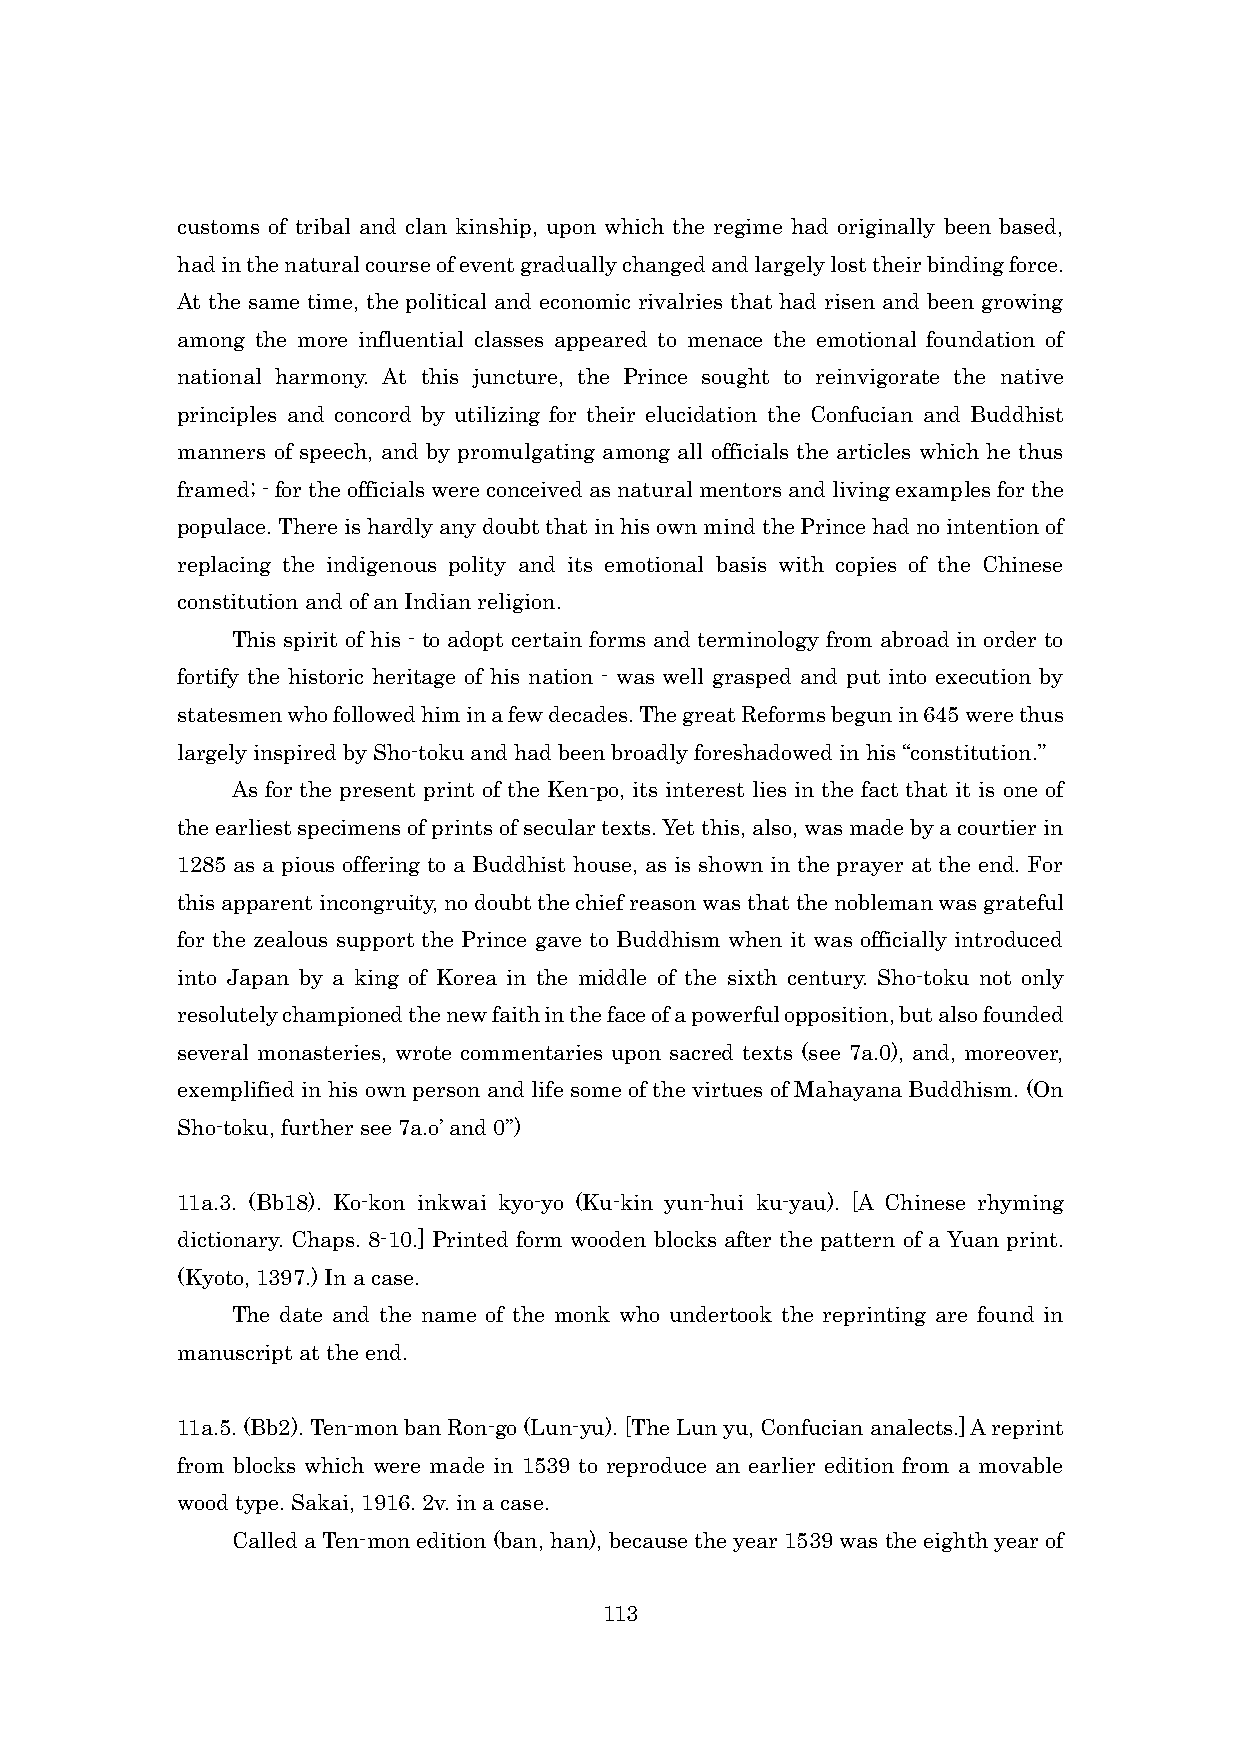
customs of tribal and clan kinship, upon which the regime had originally been based,
 had in the natural course of event gradually changed and largely lost their binding force.
 At the same time, the political and economic rivalries that had risen and been growing
 among the more influential classes appeared to menace the emotional foundation of
 national harmony. At this juncture, the Prince sought to reinvigorate the native
 principles and concord by utilizing for their elucidation the Confucian and Buddhist
 manners of speech, and by promulgating among all officials the articles which he thus
 framed; - for the officials were conceived as natural mentors and living examples for the
 populace. There is hardly any doubt that in his own mind the Prince had no intention of
 replacing the indigenous polity and its emotional basis with copies of the Chinese
 constitution and of an Indian religion.
 This spirit of his - to adopt certain forms and terminology from abroad in order to
 fortify the historic heritage of his nation - was well grasped and put into execution by
 statesmen who followed him in a few decades. The great Reforms begun in 645 were thus
 largely inspired by Sho-toku and had been broadly foreshadowed in his “constitution.”
 As for the present print of the Ken-po, its interest lies in the fact that it is one of
 the earliest specimens of prints of secular texts. Yet this, also, was made by a courtier in
 1285 as a pious offering to a Buddhist house, as is shown in the prayer at the end. For
 this apparent incongruity, no doubt the chief reason was that the nobleman was grateful
 for the zealous support the Prince gave to Buddhism when it was officially introduced
 into Japan by a king of Korea in the middle of the sixth century. Sho-toku not only
 resolutely championed the new faith in the face of a powerful opposition, but also founded
 several monasteries, wrote commentaries upon sacred texts (see 7a.0), and, moreover,
 exemplified in his own person and life some of the virtues of Mahayana Buddhism. (On
 Sho-toku, further see 7a.o’ and 0’’)
 11a.3. (Bb18). Ko-kon inkwai kyo-yo (Ku-kin yun-hui ku-yau). [A Chinese rhyming
 dictionary. Chaps. 8-10.] Printed form wooden blocks after the pattern of a Yuan print.
 (Kyoto, 1397.) In a case.
 The date and the name of the monk who undertook the reprinting are found in
 manuscript at the end.
 11a.5. (Bb2). Ten-mon ban Ron-go (Lun-yu). [The Lun yu, Confucian analects.] A reprint
 from blocks which were made in 1539 to reproduce an earlier edition from a movable
 wood type. Sakai, 1916. 2v. in a case.
 Called a Ten-mon edition (ban, han), because the year 1539 was the eighth year of
 113